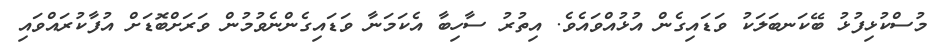
މުސްކުޅިފުޅު ބޭކަނބަލަކު ވަޑައިގެން އުޅުއްވައެވެ. އިތުރު ސާހިބާ އެކަމަނާ ވަޑައިގެންނެވުމުން ވަރަށްބޮޑަށް އުފާކުރައްވައި